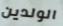
الولدين